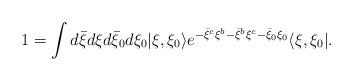
LaTeX: \begin{align*}1=\int d{\bar \xi}d\xi d{\bar \xi}_0d\xi_0|\xi,\xi_0\rangle e^{-{\bar \xi}^c\xi^b-{\bar \xi}^b\xi^c-{\bar \xi}_0\xi_0}\langle\xi,\xi_0|.\end{align*}